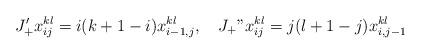
LaTeX: \begin{align*}J_+'x_{ij}^{kl}=i (k+1-i)x_{i -1,j}^{kl},\quad J_+"x_{ij}^{kl}=j (l+1-j)x_{i,j -1}^{kl}\end{align*}